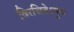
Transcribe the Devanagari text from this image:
विरचितेऽमुत्र